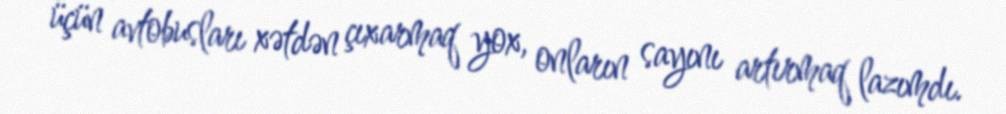
üçün avtobusları xətdən çıxarmaq yox, onların sayını artırmaq lazımdı.